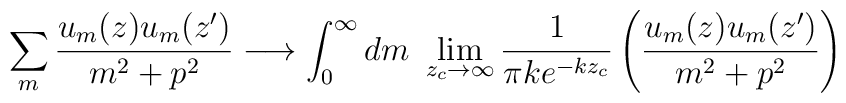
\sum_{m} \frac{u_m(z)u_m(z')}{m^2+p^2} \longrightarrow \int_{0}^{\infty} dm~\lim_{z_c \to \infty} \frac{1}{\pi k e^{-kz_c}} \left(\frac{u_m(z)u_m(z')}{m^2+p^2}\right)